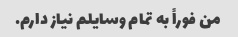
من فوراً به تمام وسایلم نیاز دارم.